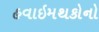
હવાઇમથકોનો